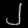
Digit: ၂